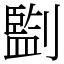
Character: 㔋